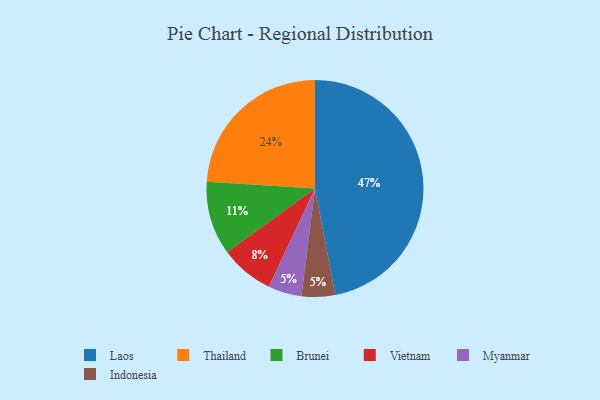
{"axis": {"x": "Category", "y": "Percentage"}, "legend": ["Brunei", "Indonesia", "Laos", "Myanmar", "Thailand", "Vietnam"], "data": [{"x": "Myanmar", "y": 5, "type": "Myanmar"}, {"x": "Thailand", "y": 24, "type": "Thailand"}, {"x": "Vietnam", "y": 8, "type": "Vietnam"}, {"x": "Indonesia", "y": 5, "type": "Indonesia"}, {"x": "Laos", "y": 47, "type": "Laos"}, {"x": "Brunei", "y": 11, "type": "Brunei"}]}